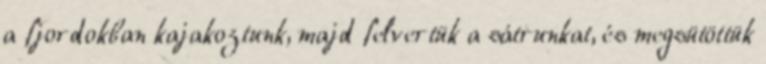
a fjordokban kajakoztunk, majd felvertük a sátrunkat, és megsütöttük